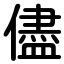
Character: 儘